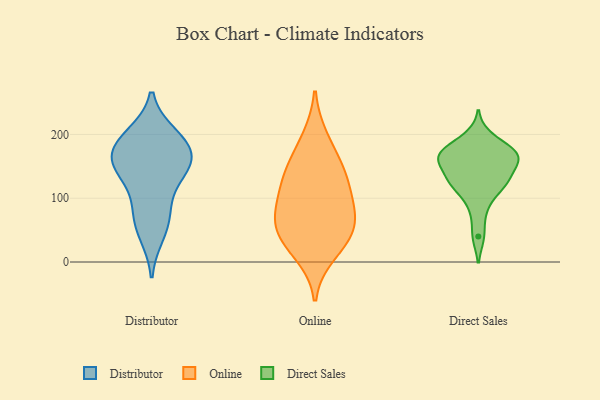
{"axis": {"x": "Market Share (%)", "y": "Value"}, "legend": ["Direct Sales", "Distributor", "Online"], "data": [{"x": "", "y": 84, "type": "Distributor"}, {"x": "", "y": 144, "type": "Distributor"}, {"x": "", "y": 167, "type": "Distributor"}, {"x": "", "y": 163, "type": "Distributor"}, {"x": "", "y": 134, "type": "Distributor"}, {"x": "", "y": 151, "type": "Distributor"}, {"x": "", "y": 185, "type": "Distributor"}, {"x": "", "y": 69, "type": "Distributor"}, {"x": "", "y": 44, "type": "Distributor"}, {"x": "", "y": 191, "type": "Distributor"}, {"x": "", "y": 198, "type": "Distributor"}, {"x": "", "y": 194, "type": "Online"}, {"x": "", "y": 127, "type": "Online"}, {"x": "", "y": 140, "type": "Online"}, {"x": "", "y": 48, "type": "Online"}, {"x": "", "y": 13, "type": "Online"}, {"x": "", "y": 36, "type": "Online"}, {"x": "", "y": 54, "type": "Online"}, {"x": "", "y": 97, "type": "Online"}, {"x": "", "y": 93, "type": "Online"}, {"x": "", "y": 154, "type": "Online"}, {"x": "", "y": 67, "type": "Online"}, {"x": "", "y": 157, "type": "Direct Sales"}, {"x": "", "y": 133, "type": "Direct Sales"}, {"x": "", "y": 167, "type": "Direct Sales"}, {"x": "", "y": 123, "type": "Direct Sales"}, {"x": "", "y": 81, "type": "Direct Sales"}, {"x": "", "y": 163, "type": "Direct Sales"}, {"x": "", "y": 176, "type": "Direct Sales"}, {"x": "", "y": 122, "type": "Direct Sales"}, {"x": "", "y": 40, "type": "Direct Sales"}, {"x": "", "y": 110, "type": "Direct Sales"}, {"x": "", "y": 167, "type": "Direct Sales"}, {"x": "", "y": 160, "type": "Direct Sales"}, {"x": "", "y": 177, "type": "Direct Sales"}, {"x": "", "y": 197, "type": "Direct Sales"}, {"x": "", "y": 134, "type": "Direct Sales"}]}